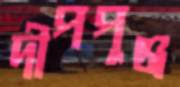
দীপপুঞ্জ